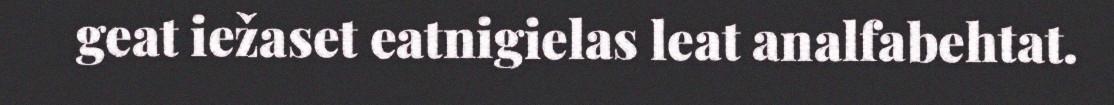
geat iežaset eatnigielas leat analfabehtat.